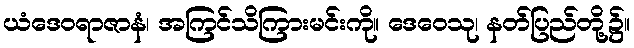
ယံဒေဝရာဇာနံ၊ အကြင်သိကြားမင်းကို။ ဒေဝေသု၊ နတ်ပြည်တို့၌။